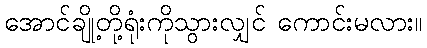
အောင်ချို့တို့ရုံးကိုသွားလျှင် ကောင်းမလား။